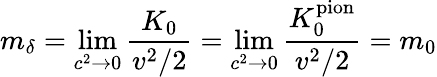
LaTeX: m_{\delta}=\operatorname*{lim}_{c^{2}\rightarrow 0}\frac{K_{0}}{v^{2}/2}=\operatorname*{lim}_{c^{2}\rightarrow 0}\frac{K_{0}^{\textrm{pion}}}{v^{2}/2}=m_{0}